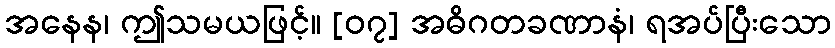
အနေန၊ ဤသမယဖြင့်။ [၀၇] အဓိဂတခဏာနံ၊ ရအပ်ပြီးသော